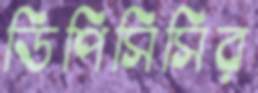
ডিপিসিসির